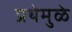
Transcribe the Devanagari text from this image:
प्रथेमुळे